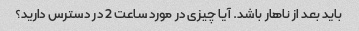
باید بعد از ناهار باشد. آیا چیزی در مورد ساعت 2 در دسترس دارید؟